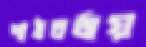
পাঠচর্চায়